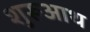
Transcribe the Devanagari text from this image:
शुरूआथ